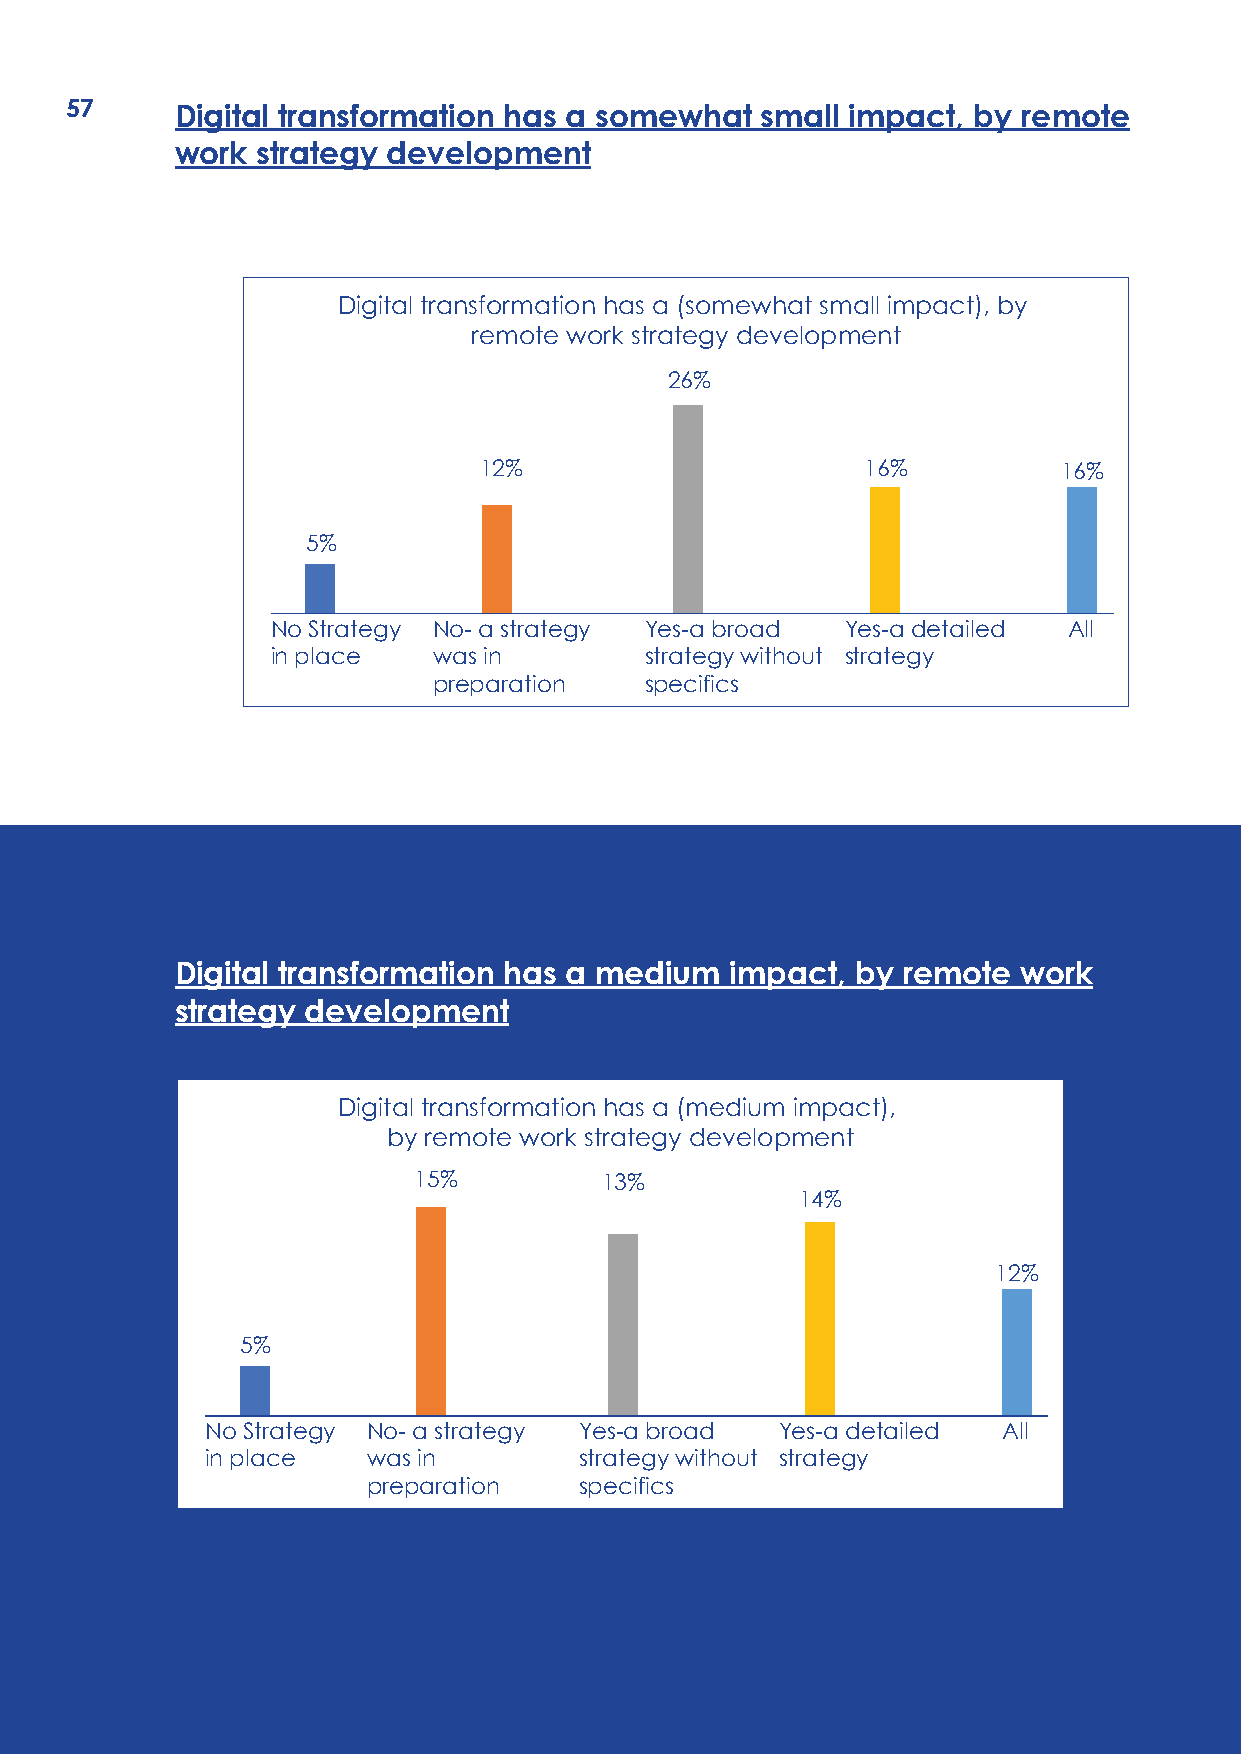
57      Digital transformation has a somewhat small impact, by  remote
 work strategy development
 Digital transformation has a (somewhat small impact), by
 remote work strategy development
 26%
 12%                      16%          16%
 5%
 No Strategy No- a strategy Yes-a broad Yes-a detailed All
 in place   was in        strategy without strategy
 preparation   specifics
 Digital transformation has a medium impact,  by remote  work
 strategy development
 Digital transformation has a (medium impact),
 by remote work strategy development
 15%          13%
 14%
 12%
 5%
 No Strategy No- a strategy Yes-a broad Yes-a detailed All
 in place  was in        strategy without strategy
 preparation   specifics